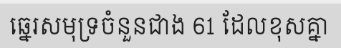
ឆ្នេរសមុទ្រចំនួនជាង 61 ដែលខុសគ្នា